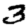
Digit: 3